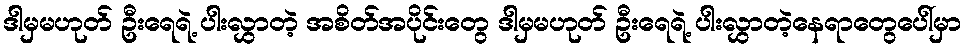
ဒါမှမဟုတ် ဦးရေရဲ့ ပါးလွှာတဲ့ အစိတ်အပိုင်းတွေ ဒါမှမဟုတ် ဦးရေရဲ့ ပါးလွှာတဲ့နေရာတွေပေါ်မှာ